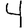
Digit: 4